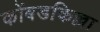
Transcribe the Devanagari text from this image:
कोंबडकिल्ला